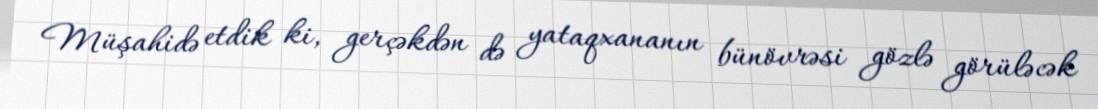
Müşahidə etdik ki, gerçəkdən də yataqxananın bünövrəsi gözlə görüləcək